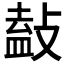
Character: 𢾩